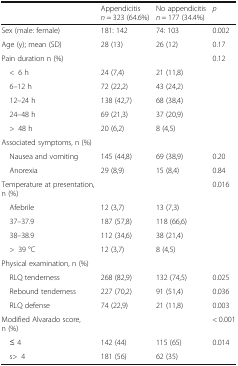
<table><thead><tr><td></td><td><b>Appendicitis<i>n</i> = 323 (64.6%)</b></td><td><b>No appendicitis<i>n</i> = 177 (34.4%)</b></td><td><b><i>p</i></b></td></tr></thead><tbody><tr><td>Sex (male: female)</td><td>181: 142</td><td>74: 103</td><td>0.002</td></tr><tr><td>Age (y); mean (SD)</td><td>28 (13)</td><td>26 (12)</td><td>0.17</td></tr><tr><td>Pain duration n (%)</td><td></td><td></td><td>0.12</td></tr><tr><td> &lt;6 h</td><td>24 (7,4)</td><td>21 (11,8)</td><td></td></tr><tr><td> 6–12 h</td><td>72 (22,2)</td><td>43 (24,2)</td><td></td></tr><tr><td> 12–24 h</td><td>138 (42,7)</td><td>68 (38,4)</td><td></td></tr><tr><td> 24–48 h</td><td>69 (21,3)</td><td>37 (20,9)</td><td></td></tr><tr><td> &gt;48 h</td><td>20 (6,2)</td><td>8 (4,5)</td><td></td></tr><tr><td colspan="4">Associated symptoms, n (%)</td></tr><tr><td> Nausea and vomiting</td><td>145 (44,8)</td><td>69 (38,9)</td><td>0.20</td></tr><tr><td> Anorexia</td><td>29 (8,9)</td><td>15 (8,4)</td><td>0.84</td></tr><tr><td>Temperature at presentation, n (%)</td><td></td><td></td><td>0.016</td></tr><tr><td> Afebrile</td><td>12 (3,7)</td><td>13 (7,3)</td><td></td></tr><tr><td> 37–37.9</td><td>187 (57,8)</td><td>118 (66,6)</td><td></td></tr><tr><td> 38–38.9</td><td>112 (34,6)</td><td>38 (21,4)</td><td></td></tr><tr><td> &gt;39 °C</td><td>12 (3,7)</td><td>8 (4,5)</td><td></td></tr><tr><td colspan="4">Physical examination, n (%)</td></tr><tr><td> RLQ tenderness</td><td>268 (82,9)</td><td>132 (74,5)</td><td>0.025</td></tr><tr><td> Rebound tenderness</td><td>227 (70,2)</td><td>91 (51,4)</td><td>0.036</td></tr><tr><td> RLQ defense</td><td>74 (22,9)</td><td>21 (11,8)</td><td>0.003</td></tr><tr><td>Modified Alvarado score, n (%)</td><td></td><td></td><td>&lt; 0.001</td></tr><tr><td> ≤ 4</td><td>142 (44)</td><td>115 (65)</td><td>0.014</td></tr><tr><td> s&gt;4</td><td>181 (56)</td><td>62 (35)</td><td></td></tr></tbody></table>